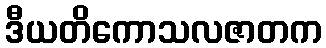
ဒီယတိကောသလဇာတက